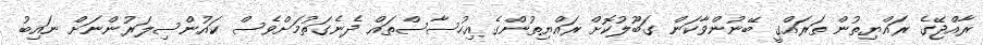
ރާއްޖޭގެ ރައްޔިތުން ތަރައްގީ ބޭނުންވާކަން ގަބޫލުކޮށް ރައްޔިތުންގެ އިހުސާސްތައް ދެނެގަތުމަށްވެސް ކައުންސިލަރުންނަށް ނައިބު